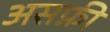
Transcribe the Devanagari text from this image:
असफ़ी